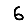
Digit: 6